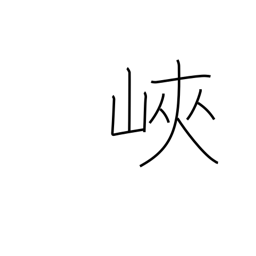
Meaning: isthmus